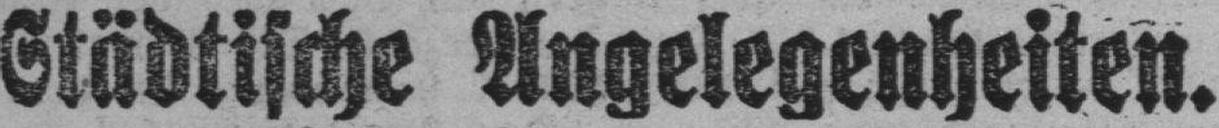
Städtische Angelegenheiten.